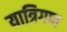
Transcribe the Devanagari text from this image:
यात्रिगण